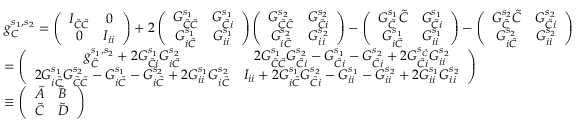
\begin{array} { r l } & { g _ { C } ^ { s _ { 1 } , s _ { 2 } } = \left( \begin{array} { c c } { I _ { \tilde { C } \tilde { C } } } & { 0 } \\ { 0 } & { I _ { i i } } \end{array} \right) + 2 \left( \begin{array} { c c } { G _ { \tilde { C } \tilde { C } } ^ { s _ { 1 } } } & { G _ { \tilde { C } i } ^ { s _ { 1 } } } \\ { G _ { i \tilde { C } } ^ { s _ { 1 } } } & { G _ { i i } ^ { s _ { 1 } } } \end{array} \right) \left( \begin{array} { c c } { G _ { \tilde { C } \tilde { C } } ^ { s _ { 2 } } } & { G _ { \tilde { C } i } ^ { s _ { 2 } } } \\ { G _ { i \tilde { C } } ^ { s _ { 2 } } } & { G _ { i i } ^ { s _ { 2 } } } \end{array} \right) - \left( \begin{array} { c c } { G _ { \tilde { C } } ^ { s _ { 1 } } \tilde { C } } & { G _ { \tilde { C } i } ^ { s _ { 1 } } } \\ { G _ { i \tilde { C } } ^ { s _ { 1 } } } & { G _ { i i } ^ { s _ { 1 } } } \end{array} \right) - \left( \begin{array} { c c } { G _ { \tilde { C } } ^ { s _ { 2 } } \tilde { C } } & { G _ { \tilde { C } i } ^ { s _ { 2 } } } \\ { G _ { i \tilde { C } } ^ { s _ { 2 } } } & { G _ { i i } ^ { s _ { 2 } } } \end{array} \right) } \\ & { = \left( \begin{array} { c c } { g _ { \tilde { C } } ^ { s _ { 1 } , s _ { 2 } } + 2 G _ { \tilde { C } i } ^ { s _ { 1 } } G _ { i \tilde { C } } ^ { s _ { 2 } } } & { 2 G _ { \tilde { C } \tilde { C } } ^ { s _ { 1 } } G _ { \tilde { C } i } ^ { s _ { 2 } } - G _ { \tilde { C } i } ^ { s _ { 1 } } - G _ { \tilde { C } i } ^ { s _ { 2 } } + 2 G _ { \tilde { C } i } ^ { s _ { \tilde { C } } } G _ { i i } ^ { s _ { 2 } } } \\ { 2 G _ { i \tilde { C } } ^ { s _ { 1 } } G _ { \tilde { C } \tilde { C } } ^ { s _ { 2 } } - G _ { i \tilde { C } } ^ { s _ { 1 } } - G _ { i \tilde { C } } ^ { s _ { 2 } } + 2 G _ { i i } ^ { s _ { 1 } } G _ { i \tilde { C } } ^ { s _ { 2 } } } & { I _ { i i } + 2 G _ { i \tilde { C } } ^ { s _ { 1 } } G _ { \tilde { C } i } ^ { s _ { 2 } } - G _ { i i } ^ { s _ { 1 } } - G _ { i i } ^ { s _ { 2 } } + 2 G _ { i i } ^ { s _ { 1 } } G _ { i i } ^ { s _ { 2 } } } \end{array} \right) } \\ & { \equiv \left( \begin{array} { l l } { \tilde { A } } & { \tilde { B } } \\ { \tilde { C } } & { \tilde { D } } \end{array} \right) } \\ & { } \end{array}